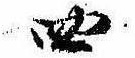
四